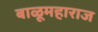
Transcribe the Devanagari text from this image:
बाळूमहाराज